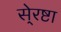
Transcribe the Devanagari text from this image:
से्रष्टा